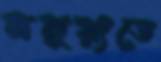
নবুয়্যতে